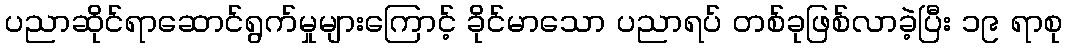
ပညာဆိုင်ရာဆောင်ရွက်မှုများကြောင့် ခိုင်မာသော ပညာရပ် တစ်ခုဖြစ်လာခဲ့ပြီး ၁၉ ရာစု